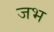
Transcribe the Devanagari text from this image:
जभ